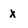
Character: x